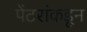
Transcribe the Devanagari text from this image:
पेंटरांकडून